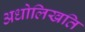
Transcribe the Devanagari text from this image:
अधोलिखति